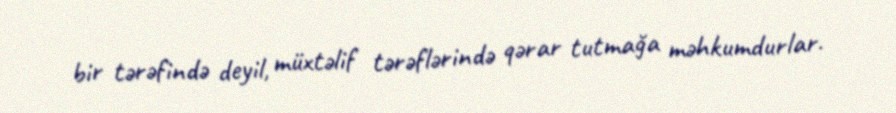
bir tərəfində deyil, müxtəlif tərəflərində qərar tutmağa məhkumdurlar.